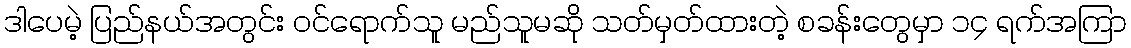
ဒါပေမဲ့ ပြည်နယ်အတွင်း ဝင်ရောက်သူ မည်သူမဆို သတ်မှတ်ထားတဲ့ စခန်းတွေမှာ ၁၄ ရက်အကြာ